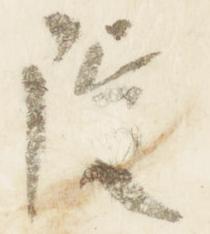
院